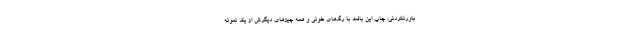
باورنکردنی، چاپ این بافت با رگ‌های خونی و همه چیزهای دیگرش از یک نمونه